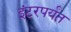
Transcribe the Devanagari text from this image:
इंटरपर्यंत